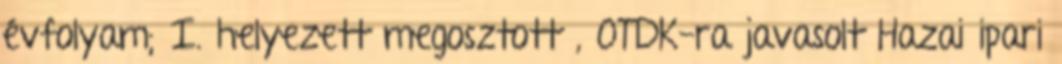
évfolyam; I. helyezett megosztott , OTDK-ra javasolt Hazai ipari